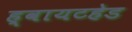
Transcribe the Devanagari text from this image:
ह्वायटहेड